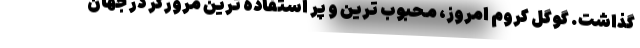
گذاشت. گوگل کروم امروز، محبوب ترین و پر استفاده ترین مرورگر در جهان